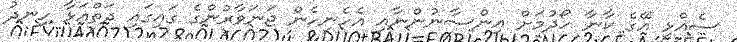
ސެއްޅި އޭގެ ކާނާ ހޯދުމަށް އިންސާނުންނާއި އެހެނިހެން ޖަނަވާރުންގެ ގައިގައި ދަތްއަޅާ ހިނދު